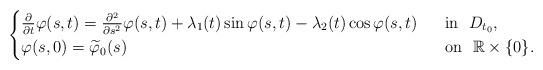
LaTeX: \begin{align*}\begin{cases}\frac{\partial}{\partial t}\varphi(s,t)=\frac{\partial^2}{\partial s^2}\varphi(s,t)+\lambda_1(t) \sin\varphi(s,t)-\lambda_2(t)\cos\varphi(s,t)~~&\mbox{in}~~D_{t_0}, \\\varphi(s,0)=\widetilde{\varphi}_0(s) &\mbox{on}~~\mathbb R\times\{0\}.\end{cases}\end{align*}